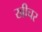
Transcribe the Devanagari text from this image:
खीचर